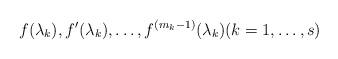
LaTeX: \begin{align*} f(\lambda_k), f'(\lambda_k), \ldots, f^{(m_k-1)}(\lambda_k) (k=1,\ldots,s)\end{align*}